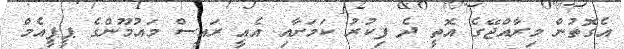
އެގޮތުން މިރާއްޖޭގެ އޮތީ ދެ ފިކުރު ކަމަށާއި އެއީ ރައީސް މައުމޫންގެ ޕީޕީއެމް